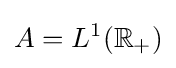
A=L^{1}(\mathbb {R} _{+})